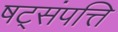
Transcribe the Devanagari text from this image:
षट्‌संपत्ति